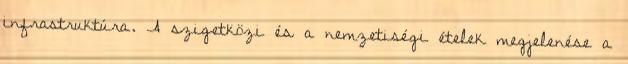
infrastruktúra. A szigetközi és a nemzetiségi ételek megjelenése a